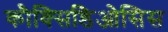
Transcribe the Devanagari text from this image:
कौक्सिडिओसिस